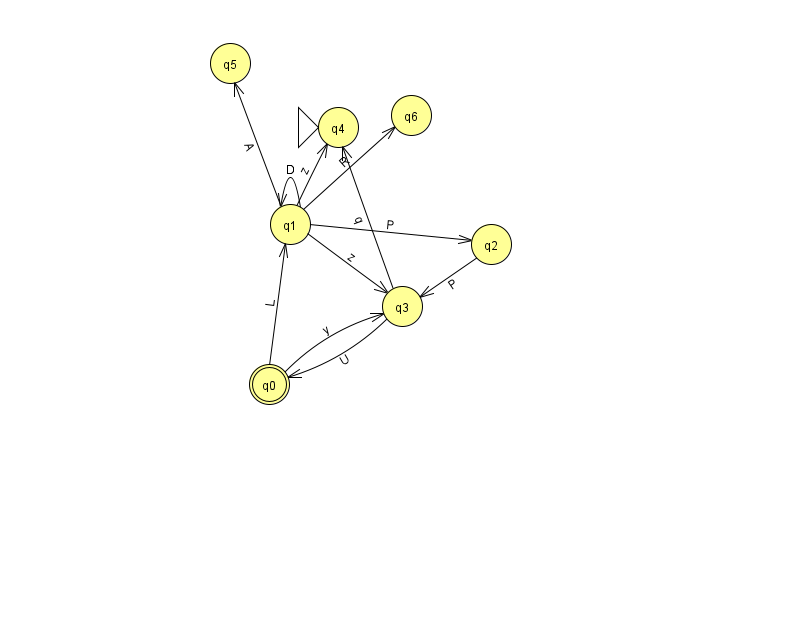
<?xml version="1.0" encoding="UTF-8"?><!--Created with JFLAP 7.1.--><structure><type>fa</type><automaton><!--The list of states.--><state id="0" name="q0"><x>269.0</x><y>371.0</y><final/></state><state id="1" name="q1"><x>290.0</x><y>211.0</y></state><state id="2" name="q2"><x>491.0</x><y>231.0</y></state><state id="3" name="q3"><x>402.0</x><y>293.0</y></state><state id="4" name="q4"><x>338.0</x><y>114.0</y><initial/></state><state id="5" name="q5"><x>230.0</x><y>50.0</y></state><state id="6" name="q6"><x>411.0</x><y>102.0</y></state><!--The list of transitions.--><transition><from>0</from><to>3</to><read>y</read></transition><transition><from>1</from><to>3</to><read>z</read></transition><transition><from>1</from><to>1</to><read>D</read></transition><transition><from>1</from><to>2</to><read>P</read></transition><transition><from>1</from><to>6</to><read>R</read></transition><transition><from>1</from><to>4</to><read>z</read></transition><transition><from>3</from><to>0</to><read>U</read></transition><transition><from>1</from><to>5</to><read>A</read></transition><transition><from>3</from><to>4</to><read>q</read></transition><transition><from>0</from><to>1</to><read>L</read></transition><transition><from>2</from><to>3</to><read>P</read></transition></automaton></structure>